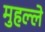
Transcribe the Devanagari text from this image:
मुहल्‍ले